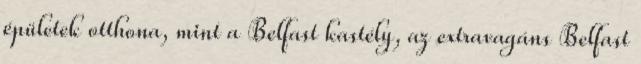
épületek otthona, mint a Belfast kastély, az extravagáns Belfast